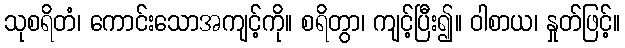
သုစရိတံ၊ ကောင်းသောအကျင့်ကို။ စရိတွာ၊ ကျင့်ပြီး၍။ ဝါစာယ၊ နှုတ်ဖြင့်။